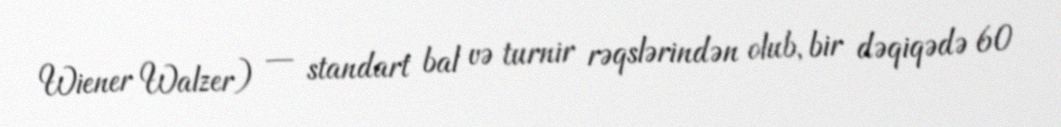
Wiener Walzer) — standart bal və turnir rəqslərindən olub, bir dəqiqədə 60